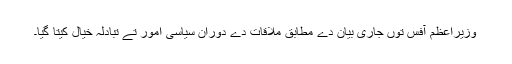
وزیراعظم آفس توں جاری بیان دے مطابق ملاقات دے دوران سیاسی امور تے تبادلہ خیال کیتا گیا۔